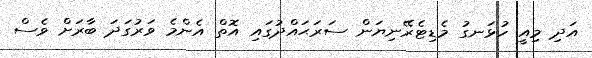
އަދި މިއީ ހުޅަނގު މެޑިޓެރޭނިޔަން ސަރަޙައްދުގައި އޮތް އެންމެ ވަރުގަދަ ބާރަށް ވެސް